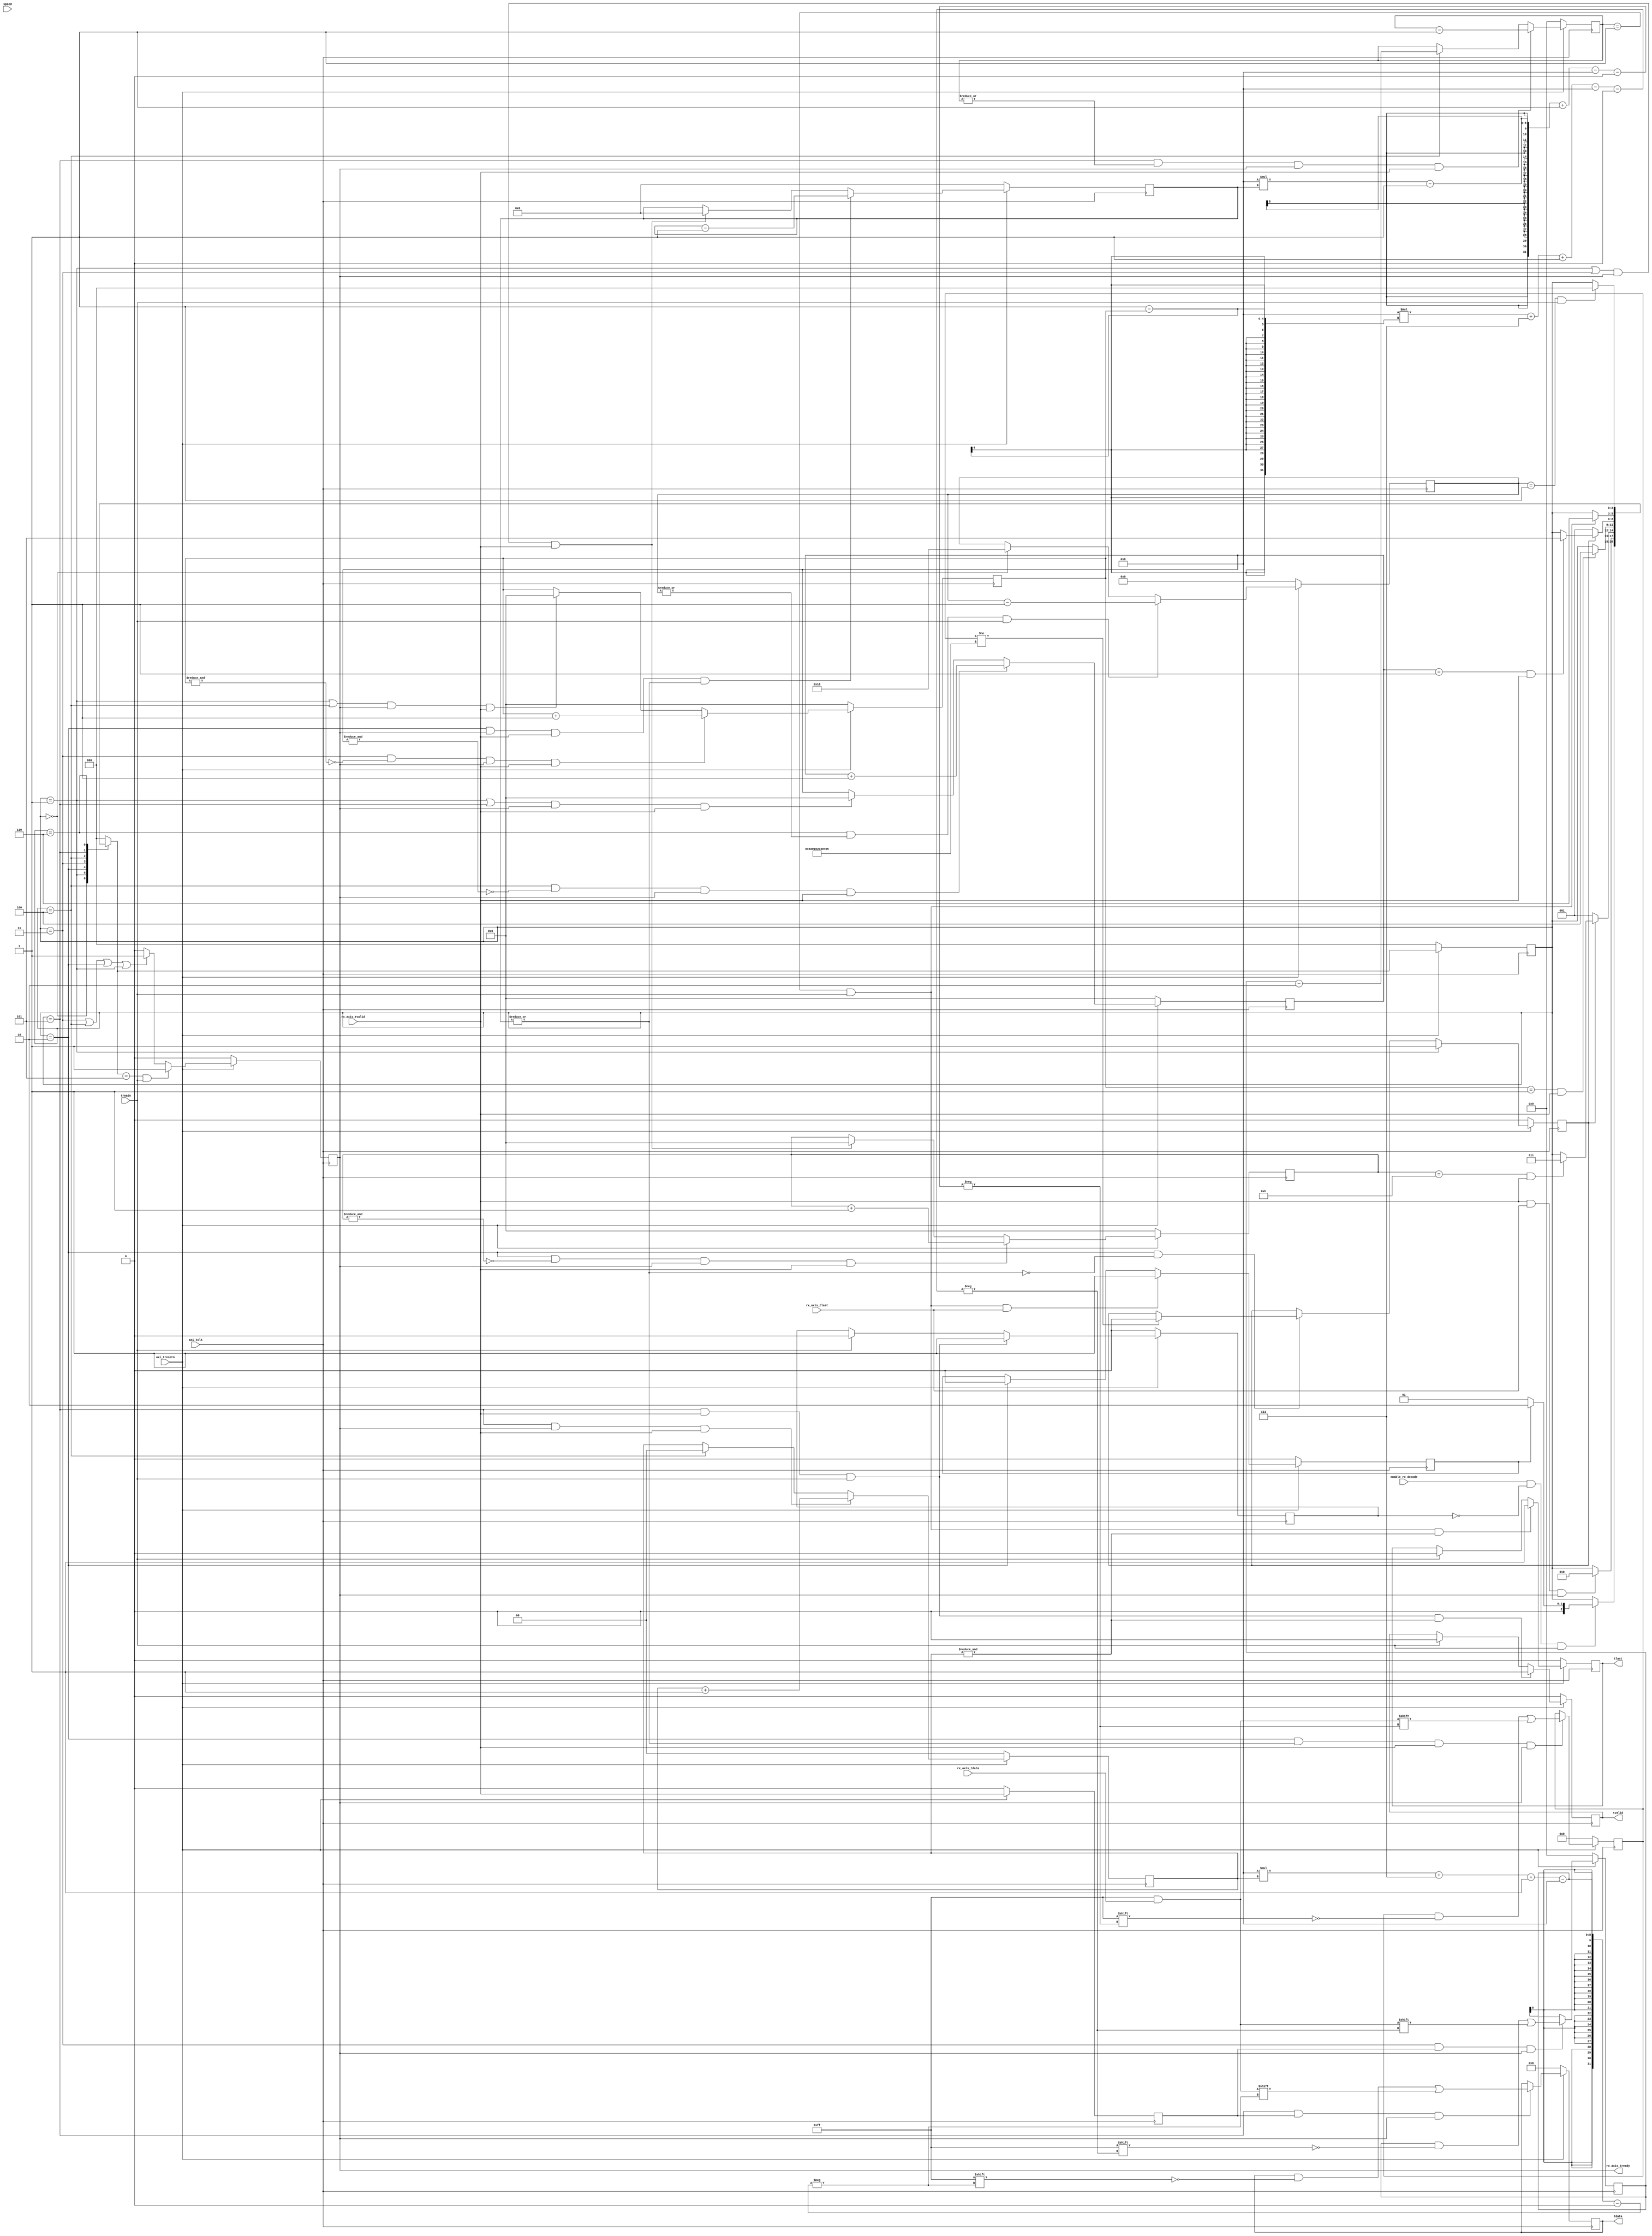
//`timescale 1ns / 1ps
//////////////////////////////////////////////////////////////////////////////////
// Company: MiXIL
//
// Design Name:
// Module Name: ethernet_rgmii_axi_rx_decoder
// Project Name:
// Target Devices:
// Tool Versions:
// Description:
//
// Dependencies:
//
// Revision:
// Revision 0.01 - File Created
// Additional Comments:
//
//////////////////////////////////////////////////////////////////////////////////

`timescale 1 ps/1 ps

module ethernet_rgmii_axi_rx_decoder #(
  parameter               DEST_ADDR      = 48'hda0102030405,
  parameter               SRC_ADDR       = 48'h5a0102030405,
  parameter               MAX_SIZE       = 16'd500,
  parameter               MIN_SIZE       = 16'd500,
  parameter               ENABLE_VLAN    = 1'b0,
  parameter               VLAN_ID        = 12'd2,
  parameter               VLAN_PRIORITY  = 3'd2,

    parameter               REG_WIDTH = 4,        // size of data registers in bytes
    parameter               NUM_REG = 6,
    parameter               PKT_SIZE_LEN = 2,     // length of packet size in bytes
    parameter               PKT_CTR_LEN = 2,
    parameter               CMD_LENGTH = 4,      // length of packet command word in bytes
    parameter               PKT_ID_LENGTH = 4,   // length of packet id word in bytes
    parameter               REG_MAP_OUT_LEN = REG_WIDTH*NUM_REG+CMD_LENGTH+PKT_ID_LENGTH

)(
   input                   axi_tclk,
   input                   axi_tresetn,

   input                   enable_rx_decode,
   input       [1:0]       speed,

       // data from ADC Data fifo
    input       [7:0]                    rx_axis_tdata,
    input                                rx_axis_tvalid,
    input                                rx_axis_tlast,
    output                               rx_axis_tready,

    output    [31:0] tdata,
    output          tvalid,
    output          tlast,
    input           tready

  //  output reg  [8*REG_WIDTH-1:0]        reg_map_axis_tdata,
  //  output reg                           reg_map_axis_tvalid,
  //  output reg                           reg_map_axis_tlast,
  //  input                                reg_map_axis_tready
   );



localparam     IDLE        = 3'b000,
               NEXT_PKT    = 3'b001,
               HEADER      = 3'b010,
               SIZE        = 3'b011,
               COUNTER     = 3'b100,
               DATA        = 3'b101,
               OVERHEAD    = 3'b110;

// work out the adjustment required to get the right packet size.
//localparam     PKT_ADJUST  = (ENABLE_VLAN) ? 22 : 18;
localparam     PKT_ADJUST  = (ENABLE_VLAN) ? 24 : 20;

// generate the vlan fields
localparam     VLAN_HEADER = {8'h81, 8'h00, VLAN_PRIORITY, 1'b0, VLAN_ID};

// generate the require header count compare
localparam     HEADER_LENGTH = (ENABLE_VLAN) ? 15 : 11;

// total offset for command packet header
localparam    CMD_HEADER_OFFSET = HEADER_LENGTH + PKT_SIZE_LEN + CMD_LENGTH+ PKT_ID_LENGTH;

// generate the required bandwidth controls based on speed
// we want to use less than 100% bandwidth to avoid loopback overflow
localparam     BW_1G       = 230;
localparam     BW_100M     = 23;
localparam     BW_10M      = 2;

reg [47:0]                 dest_mac_addr;
reg [47:0]                 src_mac_addr;


reg         [8*PKT_SIZE_LEN-1:0]         byte_count;
reg         [3:0]                        header_count;
reg         [3:0]                       src_mac_count;
reg         [3:0]                       dest_mac_count;
reg         [4:0]                        overhead_count;
reg         [3:0]                        size_count;
reg         [3:0]                        counter_count;
reg         [8*PKT_SIZE_LEN-1:0]          pkt_size;
reg         [8*PKT_CTR_LEN-1:0]           pkt_counter;
// reg         [8*PKT_ID_LENGTH-1:0]         pkt_id;

reg         [2:0]          next_gen_state;
reg         [2:0]          gen_state;

reg                         rx_axis_tvalid_reg;
reg                         rx_axis_tlast_reg;
reg     [7:0]               rx_axis_tdata_reg;

reg                        rx_axis_tready_int;

reg       [7:0]                    wr_fifo_rx_axis_tdata_reg;
reg                                wr_fifo_rx_axis_tvalid_reg;
reg                                wr_fifo_rx_axis_tlast_reg;

reg       [31:0]                    wr_fifo32_rx_axis_tdata_reg;
reg                                wr_fifo32_rx_axis_tvalid_reg;
reg                                wr_fifo32_rx_axis_tlast_reg;
wire                                wr_fifo32_rx_axis_tready;

// wire       [7:0]                    wr_fifo_rx_axis_tdata;
// wire                                wr_fifo_rx_axis_tvalid;
// wire                                wr_fifo_rx_axis_tlast;
wire                                wr_fifo_rx_axis_tready;

// wire       [8*REG_WIDTH-1:0]        rd_fifo_rx_axis_tdata;
// wire                                rd_fifo_rx_axis_tvalid;
// wire                                rd_fifo_rx_axis_tlast;
// wire                                rd_fifo_rx_axis_tready;

reg                       pkt_good;
reg                       rx_axis_tlast_aligned;
reg                       prev_tlast_aligned;

reg [1:0]                   width_conv_count;

wire                       axi_treset;

assign axi_treset = !axi_tresetn;

// Write interface
always @(posedge axi_tclk)
begin
   if (axi_treset) begin
   rx_axis_tvalid_reg <= 1'b0;
   rx_axis_tlast_reg <= 1'b0;
   rx_axis_tdata_reg <= 7'b0;
   end else begin
   rx_axis_tvalid_reg <= rx_axis_tvalid;
   rx_axis_tlast_reg <= rx_axis_tlast;
   rx_axis_tdata_reg[7:0] <= rx_axis_tdata[7:0];
   end
end

// need a width conversion counter - max size limited to 11 bits
always @(posedge axi_tclk)
begin
   if (axi_treset) begin
      width_conv_count <= 0;
   end
   else if (gen_state == DATA & rx_axis_tready_int & rx_axis_tvalid) begin
      width_conv_count <= width_conv_count + 1'b1;
   end
   else if (gen_state == COUNTER) begin
      width_conv_count <= 1'b0;
   end
end

// need a packet counter - max size limited to 11 bits
always @(posedge axi_tclk)
begin
   if (axi_treset) begin
      byte_count <= 0;
   end
   else if (gen_state == DATA & |byte_count & rx_axis_tready_int & rx_axis_tvalid) begin
      byte_count <= byte_count -1;
   end
   else if (gen_state == COUNTER) begin
      byte_count <= pkt_size - PKT_CTR_LEN;
   end
end


// need a smaller count to manage the header insertion
always @(posedge axi_tclk)
begin
   if (axi_treset) begin
      header_count <= 0;
   end
   else if (gen_state == HEADER & !(&header_count) & rx_axis_tready_int & rx_axis_tvalid) begin
      header_count <= header_count + 1;
   end
   //else if (gen_state == SIZE & rx_axis_tready_int & rx_axis_tvalid) begin
   else if ((gen_state == NEXT_PKT | gen_state == SIZE) & rx_axis_tready_int & rx_axis_tvalid) begin
      header_count <= 0;
   end
end

// need a dst and src mac count count
always @(posedge axi_tclk)
begin
   if (axi_treset) begin
      dest_mac_count <= 4'b0110;
   end
   //else if (gen_state == HEADER & rx_axis_tready_int & rx_axis_tvalid & |dest_mac_count & |header_count) begin
   else if (gen_state == HEADER & rx_axis_tready_int & rx_axis_tvalid & |dest_mac_count) begin
      dest_mac_count <= dest_mac_count - 1;
   end
   //else if (gen_state == SIZE & rx_axis_tready_int & rx_axis_tvalid) begin
   else if ((gen_state == NEXT_PKT | gen_state == SIZE) & rx_axis_tready_int & rx_axis_tvalid) begin
      dest_mac_count <= 4'b0110;
   end
end

always @(posedge axi_tclk)
begin
   if (axi_treset) begin
      src_mac_count <= 0;
   end
   else if (gen_state == HEADER & rx_axis_tready_int & rx_axis_tvalid & dest_mac_count == 1'b1) begin
      src_mac_count <= 4'b0110;
   end
   else if (gen_state == HEADER & rx_axis_tready_int & rx_axis_tvalid & |src_mac_count) begin
      src_mac_count <= src_mac_count - 1;
   end
   //else if (gen_state == SIZE & rx_axis_tready_int & rx_axis_tvalid) begin
   else if ((gen_state == NEXT_PKT | gen_state == SIZE) & rx_axis_tready_int & rx_axis_tvalid) begin
      src_mac_count <= 0;
   end
end

// need a smaller count to manage the header insertion
always @(posedge axi_tclk)
begin
   if (axi_treset) begin
      size_count <= 0;
   end
   else if (gen_state == SIZE & !(&size_count) & rx_axis_tready_int & rx_axis_tvalid) begin
      size_count <= size_count + 1;
   end
   //else if (gen_state == COUNTER & rx_axis_tready_int & rx_axis_tvalid) begin
   else if ((gen_state == NEXT_PKT | gen_state == COUNTER) & rx_axis_tready_int & rx_axis_tvalid) begin
      size_count <= 0;
   end
end

// need a smaller count to manage the header insertion
always @(posedge axi_tclk)
begin
   if (axi_treset) begin
      counter_count <= 0;
   end
   else if (gen_state == COUNTER & !(&counter_count) & rx_axis_tready_int & rx_axis_tvalid) begin
      counter_count <= counter_count + 1;
   end
   //else if (gen_state == DATA & rx_axis_tready_int & rx_axis_tvalid) begin
   else if ((gen_state == NEXT_PKT | gen_state == DATA) & rx_axis_tready_int & rx_axis_tvalid) begin
      counter_count <= 0;
   end
end


// need a count to manage the frame overhead (assume 24 bytes)
always @(posedge axi_tclk)
begin
   if (axi_treset) begin
      overhead_count <= 0;
   end
   else if (gen_state == OVERHEAD & |overhead_count & wr_fifo_rx_axis_tready) begin
      overhead_count <= overhead_count - 1;
   end
   else if (gen_state == IDLE) begin
      overhead_count <= 24;
   end
end


// simple state machine to control the data
// on the transition from IDLE we reset the counters and increment the packet size
always @(gen_state or enable_rx_decode or header_count or counter_count or size_count or wr_fifo_rx_axis_tready or byte_count or wr_fifo_rx_axis_tvalid_reg or overhead_count or rx_axis_tvalid or rx_axis_tlast or rx_axis_tready_int or rx_axis_tlast_aligned)
begin
   next_gen_state = gen_state;
   case (gen_state)
      IDLE : begin
         if (enable_rx_decode & !wr_fifo_rx_axis_tvalid_reg & wr_fifo_rx_axis_tready) begin
            if (rx_axis_tlast_aligned)
                next_gen_state = HEADER;
            else
            next_gen_state = NEXT_PKT;
         end
      end
      NEXT_PKT : begin
        // if (rx_axis_tvalid & (rx_axis_tlast | prev_tlast_aligned) & rx_axis_tready_int)
        if (rx_axis_tvalid & rx_axis_tlast & rx_axis_tready_int)
            next_gen_state = HEADER;
      end
      HEADER : begin
         if (!pkt_good)
            next_gen_state = NEXT_PKT;
         else if (header_count == HEADER_LENGTH & rx_axis_tvalid)
            next_gen_state = SIZE;
      end
      SIZE : begin
         // when we enter SIZE header count is initially all 1's
         // it is cleared when we enter SIZE which gives us the required two cycles in this state
         if (size_count ==  (PKT_SIZE_LEN-1) & rx_axis_tvalid)
            next_gen_state = COUNTER;
      end
      COUNTER : begin
         // when we enter SIZE header count is initially all 1's
         // it is cleared when we enter SIZE which gives us the required two cycles in this state
         if (!pkt_good)
            next_gen_state = NEXT_PKT;
         else if (counter_count ==  (PKT_CTR_LEN-1)  & rx_axis_tvalid)
            next_gen_state = DATA;
      end
      DATA : begin
         // when an AVB AV channel we want to keep valid asserted to indicate a continuous feed of data
         //   the AVB module is then enitirely resposible for the bandwidth
         if (byte_count == 1 & wr_fifo_rx_axis_tready) begin
            next_gen_state = OVERHEAD;
         end
      end
      OVERHEAD : begin
         if (overhead_count == 1 & wr_fifo_rx_axis_tready) begin
            next_gen_state = IDLE;
         end
      end
      default : begin
         next_gen_state = IDLE;
      end
   endcase
end

always @(posedge axi_tclk)
begin
   if (axi_treset) begin
      gen_state <= IDLE;
   end
   else begin
      gen_state <= next_gen_state;
   end
end

always @(posedge axi_tclk)
begin
   if (axi_treset) begin
      pkt_good <= 0;
   end
   else if (gen_state == NEXT_PKT)
      pkt_good <= 1'b1;
   else if (gen_state == HEADER & !(|dest_mac_count)) begin
      if (dest_mac_addr != SRC_ADDR)
        pkt_good <= 1'b0;
    // end else if(gen_state == COUNTER) begin
    //    if (pkt_size != (REG_MAP_OUT_LEN + PKT_CTR_LEN))
    //      pkt_good <= 1'b0;
   end
end

always @(posedge axi_tclk)
begin
   if (axi_treset) begin
      dest_mac_addr <= 0;
   end
   else if (gen_state == HEADER & |dest_mac_count &rx_axis_tvalid & rx_axis_tready_int) begin
      dest_mac_addr[8*dest_mac_count-1-:8] <= rx_axis_tdata[7:0];
   end
end

always @(posedge axi_tclk)
begin
   if (axi_treset) begin
      src_mac_addr <= 0;
   end
   else if (gen_state == HEADER & |src_mac_count &(|src_mac_count) &rx_axis_tvalid & rx_axis_tready_int) begin
      src_mac_addr[8*src_mac_count-1-:8] <= rx_axis_tdata[7:0];
   end
end

// Does not reverse incoming byte order
always @(posedge axi_tclk)
begin
   if (axi_treset) begin
      pkt_size <= 0;
   end
   else if (gen_state == SIZE & rx_axis_tvalid_reg & rx_axis_tready) begin
      pkt_size[8*(PKT_SIZE_LEN-1-size_count)+7-:8] <= rx_axis_tdata[7:0];
   end
end

// Reverses incoming byte order
//always @(posedge axi_tclk)
//begin
//   if (axi_treset) begin
//      pkt_size <= 0;
//   end
//   else if (gen_state == SIZE & rx_axis_tvalid_reg & rx_axis_tready) begin
//      pkt_size[8*size_count+7-:8] <= rx_axis_tdata[7:0];
//   end
//end

// Reverses incoming byte order
always @(posedge axi_tclk)
begin
   if (axi_treset) begin
      pkt_counter <= 0;
   end
   else if (gen_state == COUNTER & rx_axis_tvalid_reg & rx_axis_tready) begin
      pkt_counter[8*counter_count+7-:8] <= rx_axis_tdata[7:0];
   end
end

// Does not reverse incoming byte order
//always @(posedge axi_tclk)
//begin
//   if (axi_treset) begin
//      pkt_counter <= 0;
//   end
//   else if (gen_state == COUNTER & rx_axis_tvalid_reg & rx_axis_tready) begin
//      pkt_counter[8*(PKT_CTR_LEN-1-counter_count)+7-:8] <= rx_axis_tdata[7:0];
//   end
//end

always @(posedge axi_tclk)
begin
   if (axi_treset) begin
      wr_fifo32_rx_axis_tdata_reg <= 0;
   end
   else if (gen_state == DATA & rx_axis_tvalid_reg & rx_axis_tready) begin
      wr_fifo32_rx_axis_tdata_reg[8*width_conv_count +7 -:8] <= rx_axis_tdata[7:0];
   end
end


// now generate the WR fifo TVALID output
always @(posedge axi_tclk)
begin
   if (axi_treset)
      wr_fifo32_rx_axis_tvalid_reg <= 0;
   //else if (gen_state == DATA & !adc_axis_tvalid_reg)
   //else if (gen_state == DATA & rx_axis_tvalid)
   else if (gen_state == DATA & rx_axis_tvalid & wr_fifo32_rx_axis_tready & (&width_conv_count))
      wr_fifo32_rx_axis_tvalid_reg <= 1'b1;
   else if (wr_fifo32_rx_axis_tready)
      wr_fifo32_rx_axis_tvalid_reg <= 0;
end

always @(posedge axi_tclk)
begin
   if (axi_treset)
      wr_fifo32_rx_axis_tlast_reg <= 0;
   else if (byte_count == 1 & wr_fifo32_rx_axis_tready& (&width_conv_count))
      wr_fifo32_rx_axis_tlast_reg <= 1;
   else if (wr_fifo32_rx_axis_tready)
      wr_fifo32_rx_axis_tlast_reg <= 0;
end



always @(posedge axi_tclk)
begin
   if (axi_treset) begin
      wr_fifo_rx_axis_tdata_reg <= 0;
   end
   else if (gen_state == DATA & rx_axis_tvalid_reg & rx_axis_tready) begin
      wr_fifo_rx_axis_tdata_reg <= rx_axis_tdata[7:0];
   end
end

// always @(posedge axi_tclk)
// begin
//    if (axi_treset) begin
//       wr_fifo_rx_axis_tlast_reg <= 0;
//    end
//    else if (gen_state == DATA & rx_axis_tvalid_reg & rx_axis_tready) begin
//       wr_fifo_rx_axis_tlast_reg <= rx_axis_tlast;
//    end
// end

always @(posedge axi_tclk)
begin
   if (axi_treset)
      rx_axis_tlast_aligned <= 0;
   else if (byte_count == 1 & wr_fifo_rx_axis_tready & rx_axis_tlast)
      rx_axis_tlast_aligned <= 1;
   else if (gen_state == HEADER)
      rx_axis_tlast_aligned <= 0;
end

always @(posedge axi_tclk)
begin
   if (axi_treset)
      prev_tlast_aligned <= 0;
   else if ((gen_state == NEXT_PKT | gen_state == IDLE) & rx_axis_tlast_aligned)
      prev_tlast_aligned <= 1;
   else
      prev_tlast_aligned <= 0;
end


// now generate the TLAST output
always @(posedge axi_tclk)
begin
   if (axi_treset)
      wr_fifo_rx_axis_tlast_reg <= 0;
   else if (byte_count == 1 & wr_fifo_rx_axis_tready)
      wr_fifo_rx_axis_tlast_reg <= 1;
   else if (wr_fifo_rx_axis_tready)
      wr_fifo_rx_axis_tlast_reg <= 0;
end


// now generate the WR fifo TVALID output
always @(posedge axi_tclk)
begin
   if (axi_treset)
      wr_fifo_rx_axis_tvalid_reg <= 0;
   //else if (gen_state == DATA & !adc_axis_tvalid_reg)
   //else if (gen_state == DATA & rx_axis_tvalid)
   else if (gen_state == DATA & rx_axis_tvalid & wr_fifo_rx_axis_tready)
      wr_fifo_rx_axis_tvalid_reg <= 1'b1;
   else if (wr_fifo_rx_axis_tready)
      wr_fifo_rx_axis_tvalid_reg <= 0;
end

// need to generate the ready output

always @(posedge axi_tclk)
begin
   if (axi_treset) begin
      rx_axis_tready_int <= 0;
   end
   else begin
    if (next_gen_state == DATA & wr_fifo_rx_axis_tready)
         rx_axis_tready_int <= 1;
   else if(gen_state == SIZE | gen_state==COUNTER | gen_state == HEADER | gen_state == NEXT_PKT)
        rx_axis_tready_int <= 1;
    else
        rx_axis_tready_int <= 0;
   end
end


//assign tvalid = wr_fifo_rx_axis_tvalid_reg;
//assign tlast = wr_fifo_rx_axis_tlast_reg;
//assign tdata = wr_fifo_rx_axis_tdata_reg;

assign tvalid = wr_fifo32_rx_axis_tvalid_reg;
assign tlast = wr_fifo32_rx_axis_tlast_reg;
assign tdata = wr_fifo32_rx_axis_tdata_reg;

assign rx_axis_tready = rx_axis_tready_int;

assign wr_fifo_rx_axis_tready = tready;

assign wr_fifo32_rx_axis_tready = tready;


endmodule